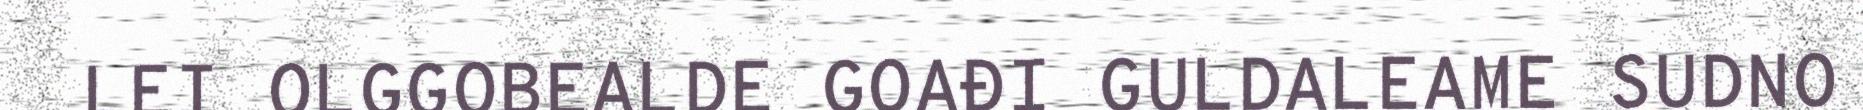
LEI OLGGOBEALDE GOAĐI GULDALEAME SUDNO